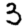
Digit: 3